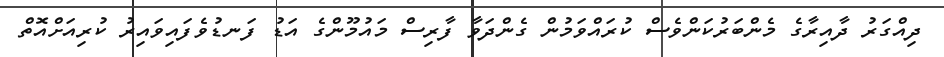
ދިއްގަރު ދާއިރާގެ މެންބަރުކަންވެސް ކުރައްވަމުން ގެންދަވާ ފާރިސް މައުމޫންގެ އަޑު ފަނޑުވެފައިވައިރު ކުރިއަށްއޮތް